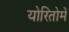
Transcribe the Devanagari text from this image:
योरितोमें